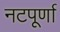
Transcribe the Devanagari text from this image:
नटपूर्णा